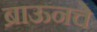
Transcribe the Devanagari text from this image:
ब्राऊनचेेे